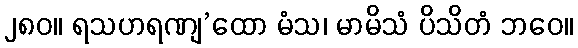
၂၈၀။ ရသဟရဏျ’ထော မံသ၊ မာမိသံ ပိသိတံ ဘဝေ။